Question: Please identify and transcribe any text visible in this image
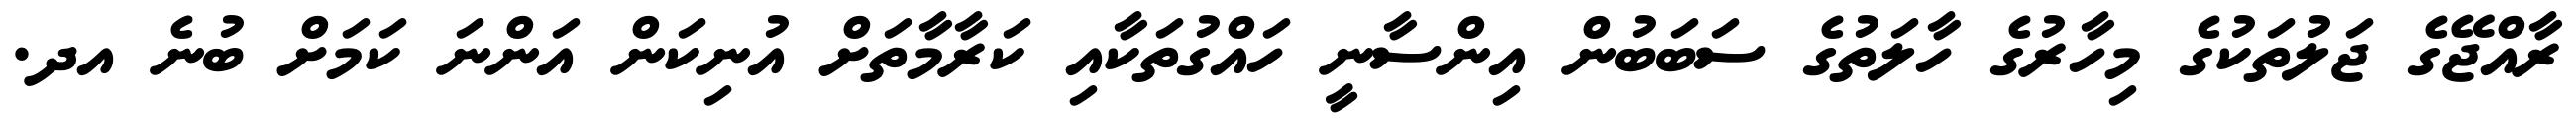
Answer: ރާއްޖޭގެ ޖަލުތަކުގެ މިހާރުގެ ހާލަތުގެ ސަބަބުން އިންސާނީ ހައްގުތަކާއި ކަރާމާތަށް އުނިކަން އަންނަ ކަމަށް ބުނެ އދ.